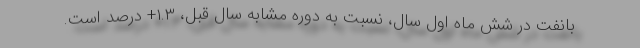
بانفت در شش ماه اول سال، نسبت به دوره مشابه سال قبل، ۱.۳+ درصد است.